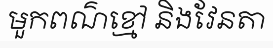
មួកពណ៌ខ្មៅ និងវែនតា